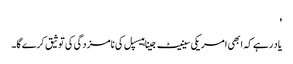
'
یاد رہے کہ ابھی امریکی سینیٹ جینا ہیسپل کی نامزدگی کی توثیق کرے گا۔